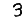
Digit: 3